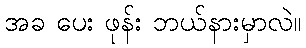
အခ ပေး ဖုန်း ဘယ်နားမှာလဲ။